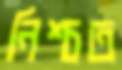
নিশ্চত